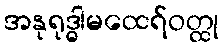
အနုရုဒ္ဓါမထေရ်ဝတ္ထု